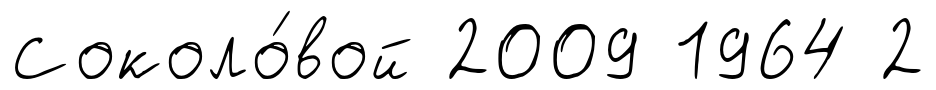
Соколо́вой 2009 1964 2